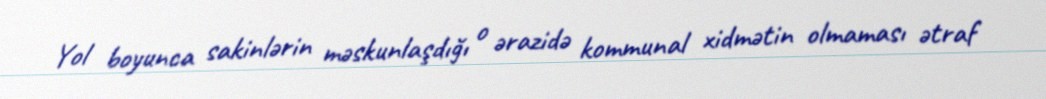
Yol boyunca sakinlərin məskunlaşdığı o ərazidə kommunal xidmətin olmaması ətraf